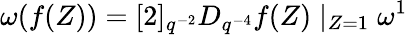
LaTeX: \omega(f(Z))=[2]_{q^{-2}}D_{q^{-4}}f(Z)\mid_{Z=1}\omega^{1}